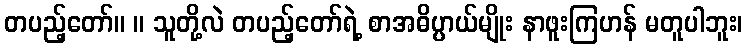
တပည့်တော်။ ။ သူတို့လဲ တပည့်တော်ရဲ့ စာအဓိပ္ပာယ်မျိုး နာဖူးကြဟန် မတူပါဘူး၊